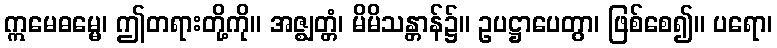
ဣမေဓမ္မေ၊ ဤတရားတို့ကို။ အဇ္ဈတ္တံ၊ မိမိသန္တာန်၌။ ဥပဋ္ဌာပေတွာ၊ ဖြစ်စေ၍။ ပရော၊